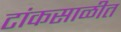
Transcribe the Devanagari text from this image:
टांकसाळीत